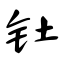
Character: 钍